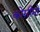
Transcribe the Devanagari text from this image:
कोसीमो